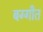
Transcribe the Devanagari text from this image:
बग्गीत